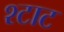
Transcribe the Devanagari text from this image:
श्टाट